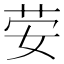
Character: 𰌀